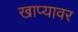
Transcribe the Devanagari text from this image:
खाप्यावर